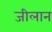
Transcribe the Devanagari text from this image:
जीलान